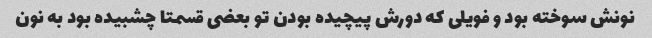
نونش سوخته بود و فویلی که دورش پیچیده بودن تو بعضی قسمتا چشبیده بود به نون